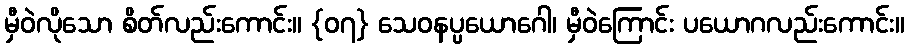
မှီဝဲလိုသော စိတ်လည်းကောင်း။ {၀၇} သေဝနပ္ပယောဂေါ၊ မှီဝဲကြောင်း ပယောဂလည်းကောင်း။